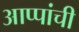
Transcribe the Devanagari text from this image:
आप्पांची